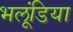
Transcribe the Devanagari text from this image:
भलूंडिया